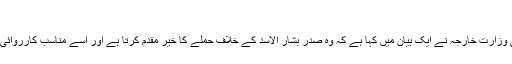
'
ترکی کی وزارت خارجہ نے ایک بیان میں کہا ہے کہ وہ صدر بشار الاسد کے خلاف حملے کا خیر مقدم کرتا ہے اور اسے مناسب کارروائی قرار دیا۔